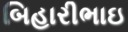
બિહારીભાઇ